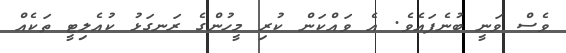
ވެސް ވަނީ ބުނެފައެވެ. އެ ވައްކަން ކުރި މީހުންގެ ރަނގަޅު ކުއެލިޓީ ތަކެއް